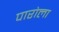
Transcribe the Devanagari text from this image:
पारोला